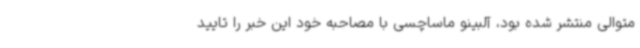
متوالی منتشر شده بود، آلبینو ماساچسی با مصاحبه خود این خبر را تایید